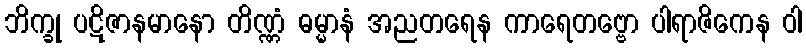
ဘိက္ခု ပဋိဇာနမာနော တိဏ္ဏံ ဓမ္မာနံ အညတရေန ကာရေတဗ္ဗော ပါရာဇိကေန ဝါ